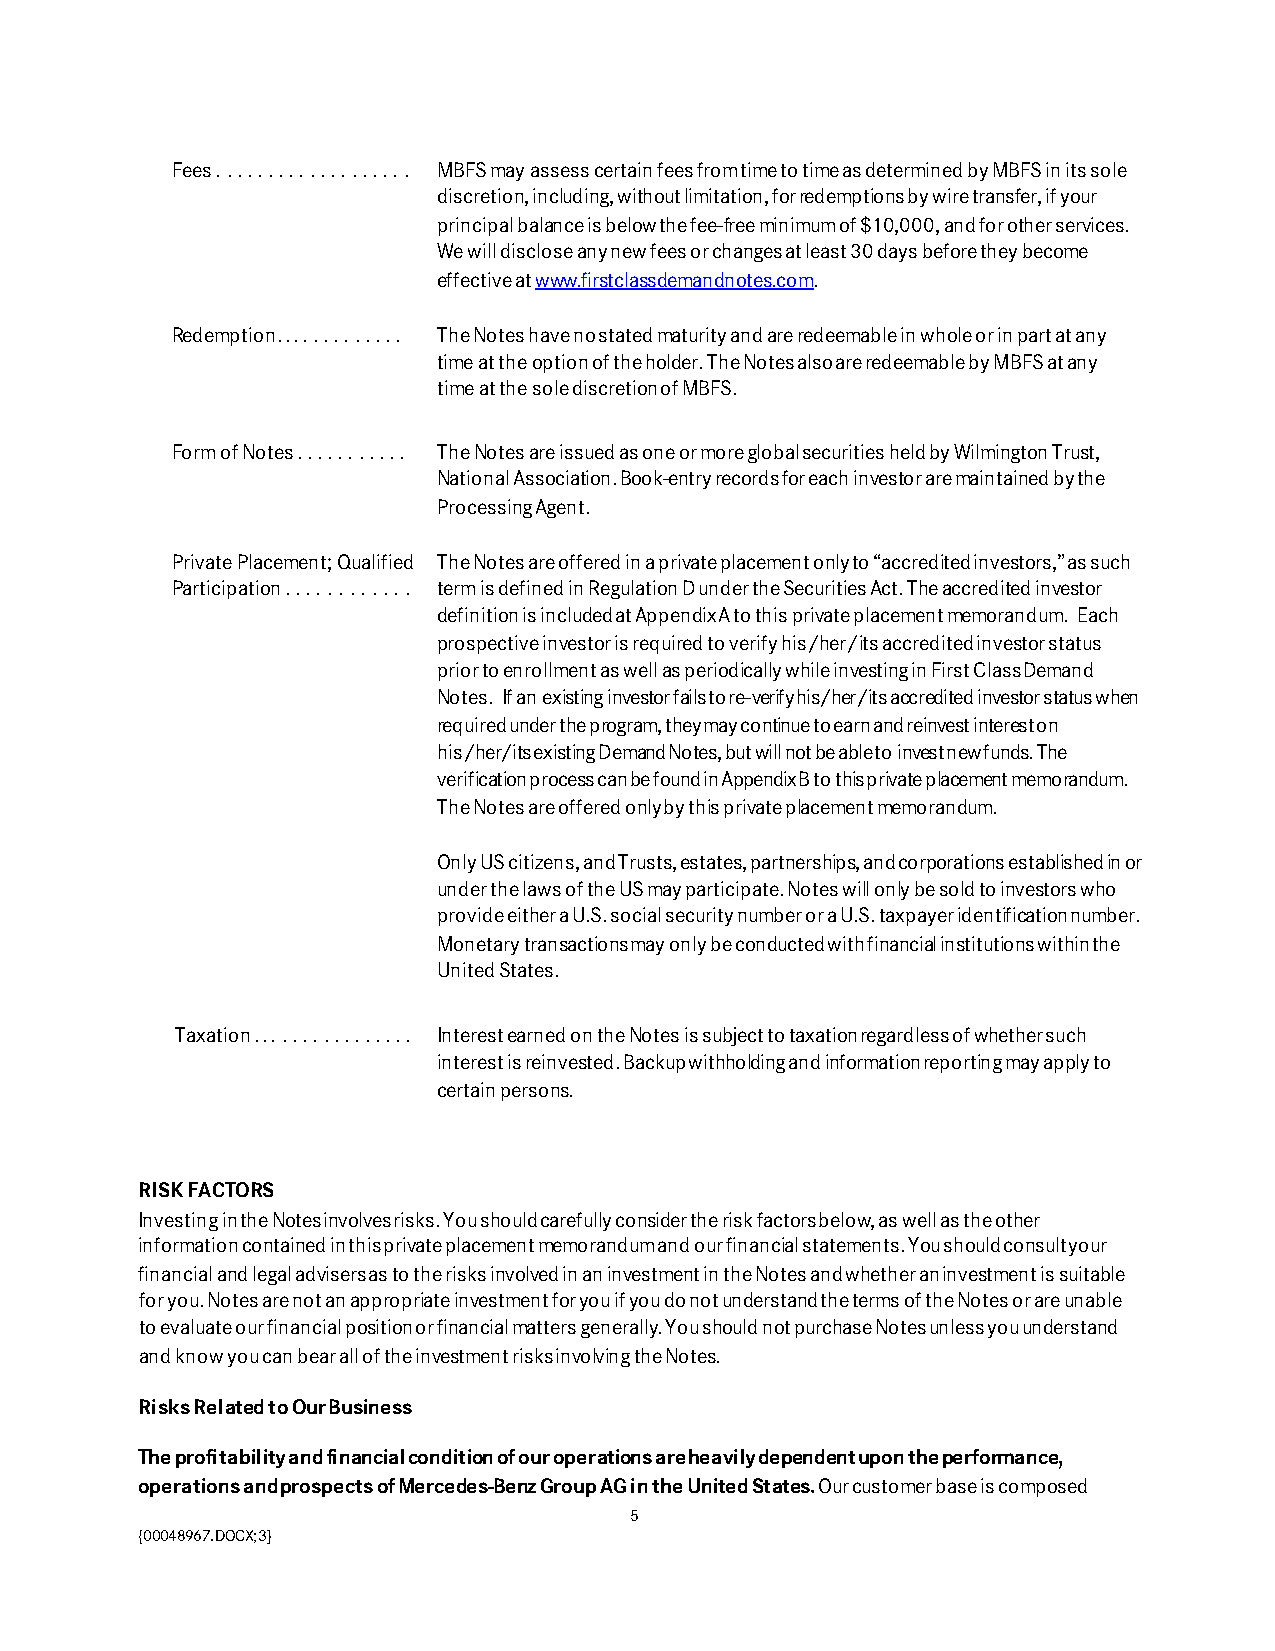
Fees . . . . . . . . . . . . . . . . . . . MBFS may assess certain fees from time to time as determined by MBFS in its sole
 discretion, including, without limitation, for redemptions by wire transfer, if your
 principal balance is below the fee-free minimum of $10,000, and for other services.
 We will disclose any new fees or changes at least 30 days before they become
 effective at www.firstclassdemandnotes.com.
 Redemption. . . . . . . . . . . . . The Notes have no stated maturity and are redeemable in whole or in part at any
 time at the option of the holder. The Notes also are redeemable by MBFS at any
 time at the sole discretion of MBFS.
 Form of Notes . . . . . . . . . . . The Notes are issued as one or more global securities held by Wilmington Trust,
 National Association. Book-entry records for each investor are maintained by the
 Processing Agent.
 Private Placement; Qualified The Notes are offered in a private placement only to “accredited investors,” as such
 Participation . . . . . . . . . . . . term is defined in Regulation D under the Securities Act. The accredited investor
 definition is included at Appendix A to this private placement memorandum. Each
 prospective investor is required to verify his/her/its accredited investor status
 prior to enrollment as well as periodically while investing in First Class Demand
 Notes. If an existing investor fails to re-verify his/her/its accredited investor status when
 required under the program, they may continue to earn and reinvest interest on
 his/her/its existing Demand Notes, but will not be able to invest new funds. The
 verification process can be found in Appendix B to this private placement memorandum.
 The Notes are offered only by this private placement memorandum.
 Only US citizens, and Trusts, estates, partnerships, and corporations established in or
 under the laws of the US may participate. Notes will only be sold to investors who
 provide either a U.S. social security number or a U.S. taxpayer identification number.
 Monetary transactions may only be conducted with financial institutions within the
 United States.
 Taxation . . . . . . . . . . . . . . . . Interest earned on the Notes is subject to taxation regardless of whether such
 interest is reinvested. Backup withholding and information reporting may apply to
 certain persons.
 RISK FACTORS
 Investing in the Notes involves risks. You should carefully consider the risk factors below, as well as the other
 information contained in this private placement memorandum and our financial statements. You should consult your
 financial and legal advisers as to the risks involved in an investment in the Notes and whether an investment is suitable
 for you. Notes are not an appropriate investment for you if you do not understand the terms of the Notes or are unable
 to evaluate our financial position or financial matters generally. You should not purchase Notes unless you understand
 and know you can bear all of the investment risks involving the Notes.
 Risks Related to Our Business
 The profitability and financial condition of our operations are heavily dependent upon the performance,
 operations and prospects of Mercedes-Benz Group AG in the United States. Our customer base is composed
 5
 {00048967.DOCX;3}